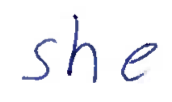
Text: she
Cross-out: clean
Writing tool: ballpoint